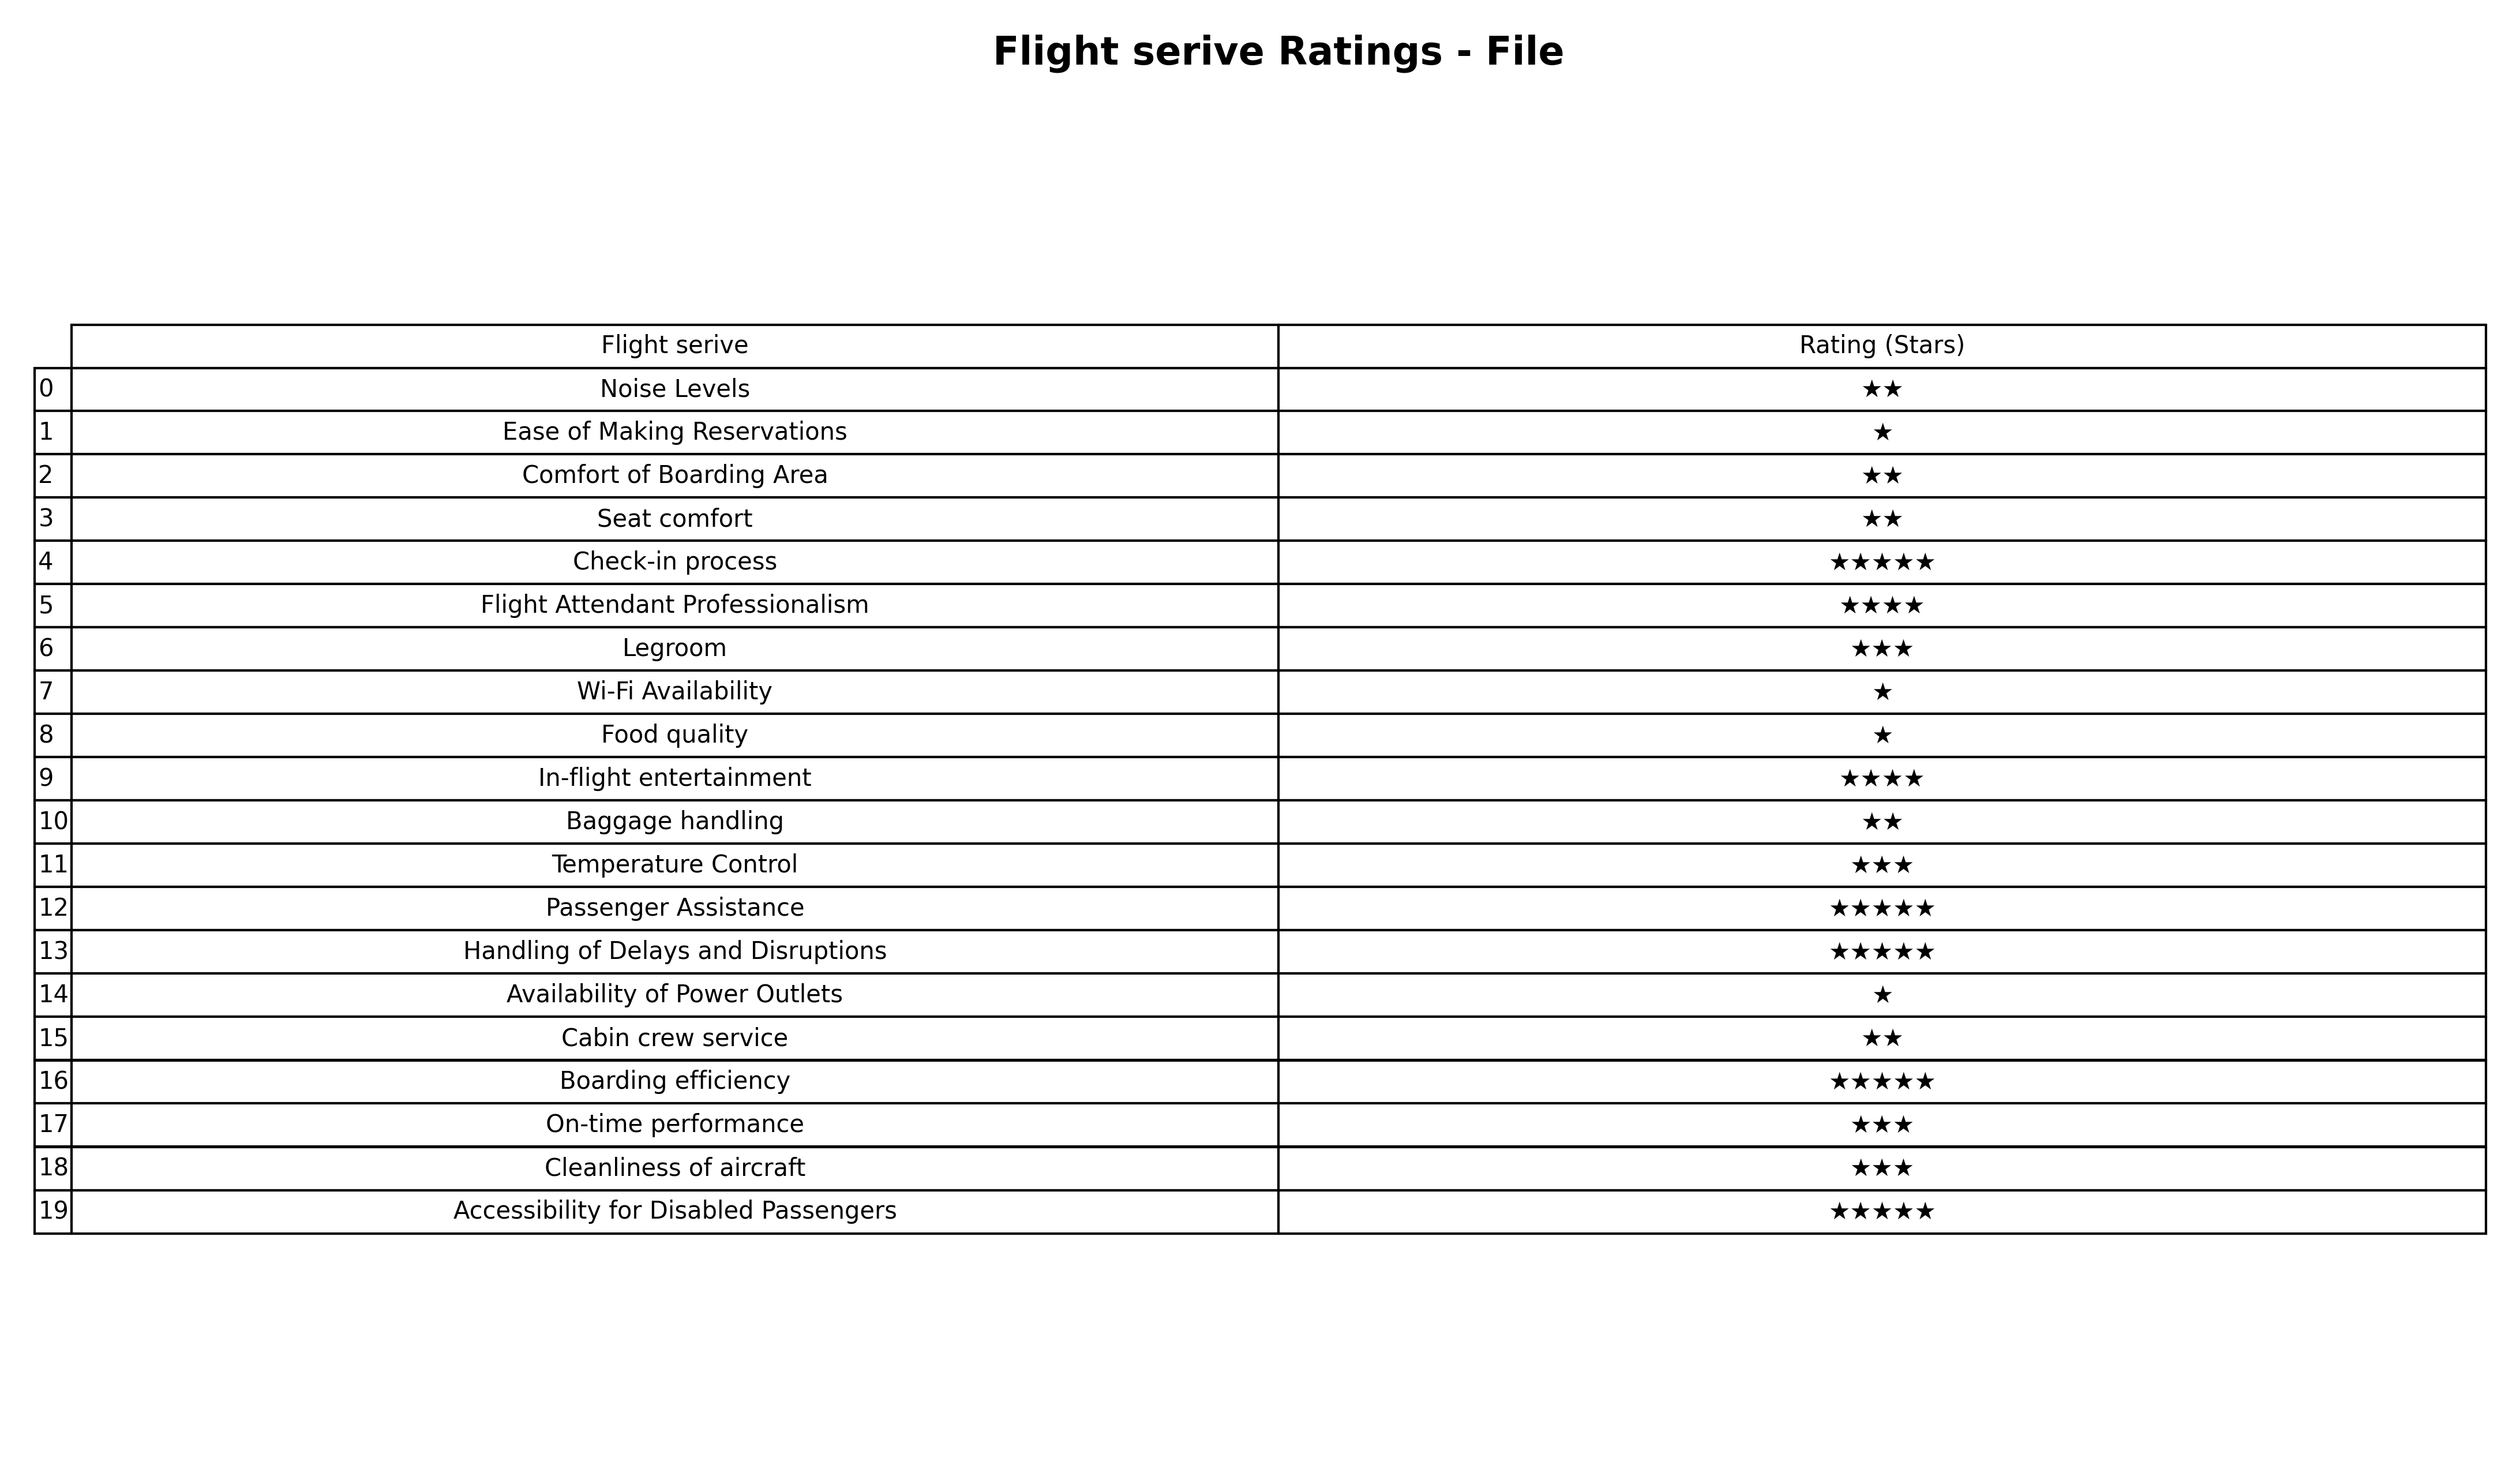
question: What are one star services?
answer: Ease of Making ReservationsWi-Fi AvailabilityFood qualityAvailability of Power Outlets